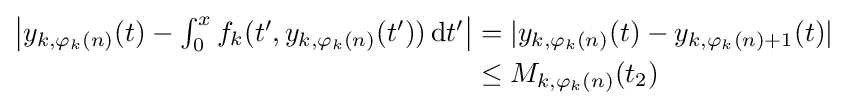
{\begin{aligned}\textstyle \left|y_{k,\varphi _{k}(n)}(t)-\int _{0}^{x}f_{k}(t',y_{k,\varphi _{k}(n)}(t'))\,\mathrm {d} t'\right|&=|y_{k,\varphi _{k}(n)}(t)-y_{k,\varphi _{k}(n)+1}(t)|\\&\leq M_{k,\varphi _{k}(n)}(t_{2})\end{aligned}}